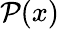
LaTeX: \mathcal{P}(x)